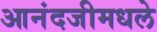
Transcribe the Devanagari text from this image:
आनंदजीमधले